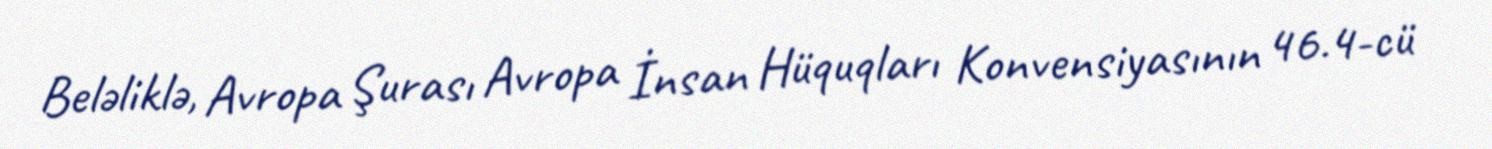
Beləliklə, Avropa Şurası Avropa İnsan Hüquqları Konvensiyasının 46.4-cü